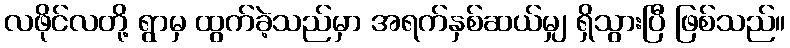
လဖိုင်လတို့ ရွာမှ ထွက်ခဲ့သည်မှာ အရက်နှစ်ဆယ်မျှ ရှိသွားပြီ ဖြစ်သည်။